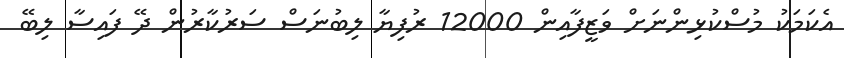
އެކަމަކު މުސްކުޅިންނަށް ވަޒީފާއިން 12000 ރުފިޔާ ލިބުނަސް ސަރުކާރުން ދޭ ފައިސާ ލިބޭ